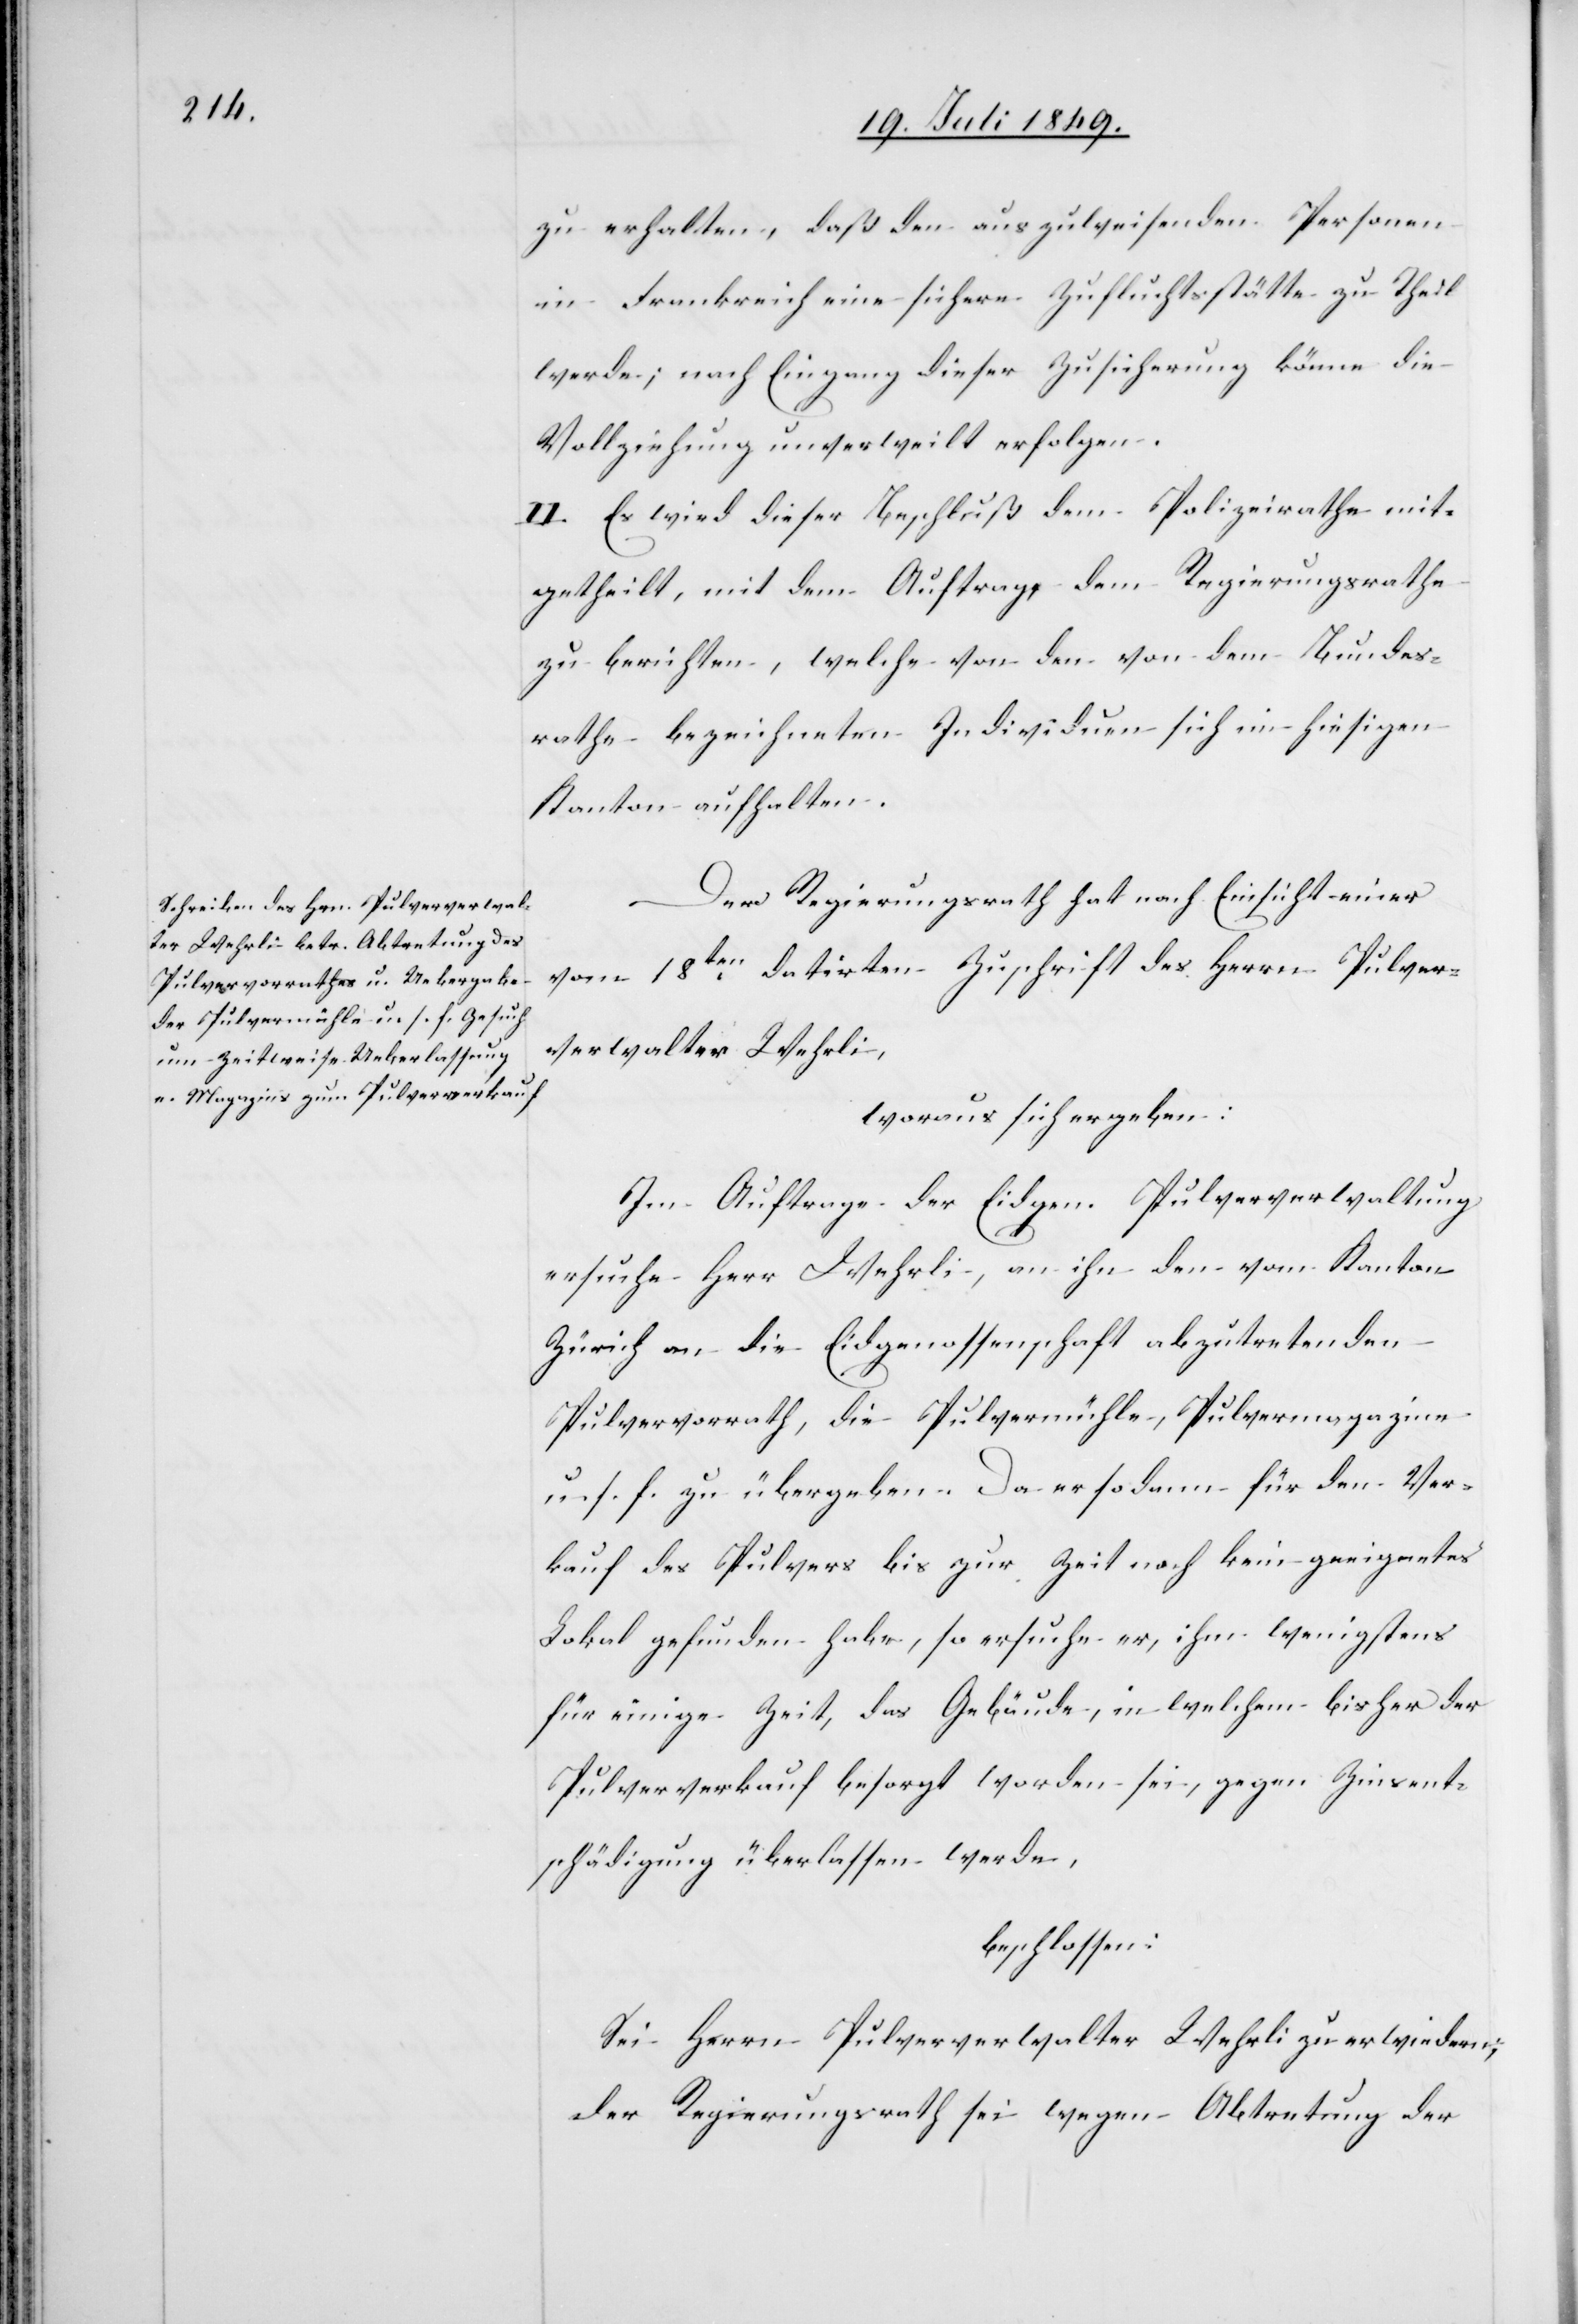
zu erhalten, daß den auszuweisenden Personen
in Frankreich eine sichere Zufluchtsstätte zu Theil
werde; nach Eingang dieser Zusicherung könne die
Vollziehung unverweilt erfolgen.
II. Es wird dieser Beschluß dem Polizeirathe mit¬
getheilt, mit dem Auftrag dem Regierungsrathe
zu berichten, welche von den von dem Bundes¬
rathe bezeichneten Individuen sich ein hiesigen
Kanton enthalten.
Der Regierungsrath hat nach Einsicht einer
vom 18ten datirten Zuschrift des Herrn Pulver¬
verwalter Wehrli,
woraus sich ergeben:
Im Auftrage der Eidgen. Pulververwaltung
ersuche Herr Wehrli, an ihn den vom Kanton
Zürich an die Eidgenossenschaft abzutretenden
Pulvervorrath, die Pulvermühle, Pulvermagazine
u. s. f. zu übergeben. Da er sodann für den Ver¬
kauf des Pulvers bis zu Zeit noch kein geeignetes
Lokal gefunden habe, so ersuche er, ihm wenigstens
für einige Zeit, das Gebäude, in welchem bisher der
Pulververkauf besorgt worden sei, gegen Zinsent¬
schädigung überlassen werde,
beschlossen:
Sei Herrn Pulververwalter Wehrli zu erwiedern,
der Regierungsrath sei wegen Abtretung der